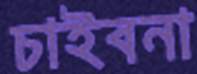
চাইবনা